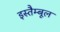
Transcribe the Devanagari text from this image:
इस्तैम्बूल